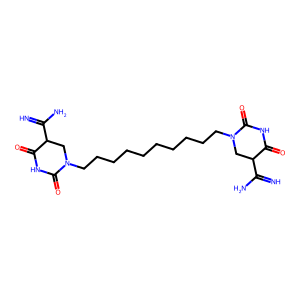
SMILES: N=C(N)C1CN(CCCCCCCCCCN2CC(C(=N)N)C(=O)NC2=O)C(=O)NC1=O
Inhibits HIV replication: No